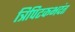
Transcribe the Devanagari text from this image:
त्रिपिटकभदंत